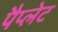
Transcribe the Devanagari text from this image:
पैप्लेट